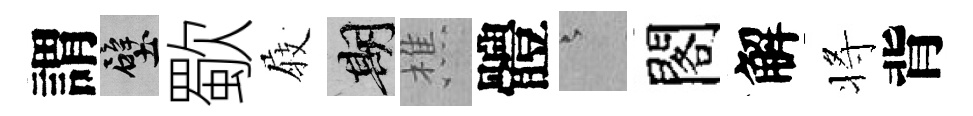
謂壁歜𡲆期樵體澹閣解将背